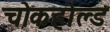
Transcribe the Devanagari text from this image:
चोकहोल्ड